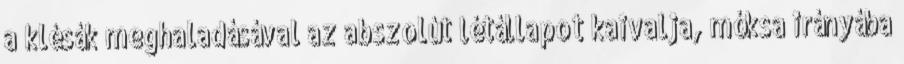
a klésák meghaladásával az abszolút létállapot kaivalja, móksa irányába